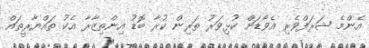
އެންމެ ޝަރަފްވެރި އެވޯޑަށް ކުޅިވަރު ތަރިން ކުރާ ބޮޑު އިންތިޒާރާ އެކު ތައްޔާރީތައް